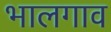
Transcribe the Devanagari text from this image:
भालगाव